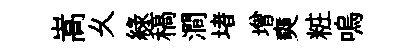
嵩乆綠稿澗堵增奭粧嗚